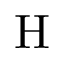
\mathrm { H }